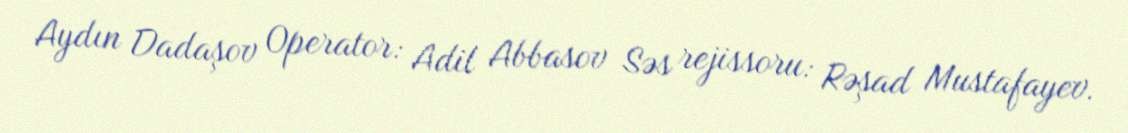
Aydın Dadaşov Operator: Adil Abbasov Səs rejissoru: Rəşad Mustafayev.